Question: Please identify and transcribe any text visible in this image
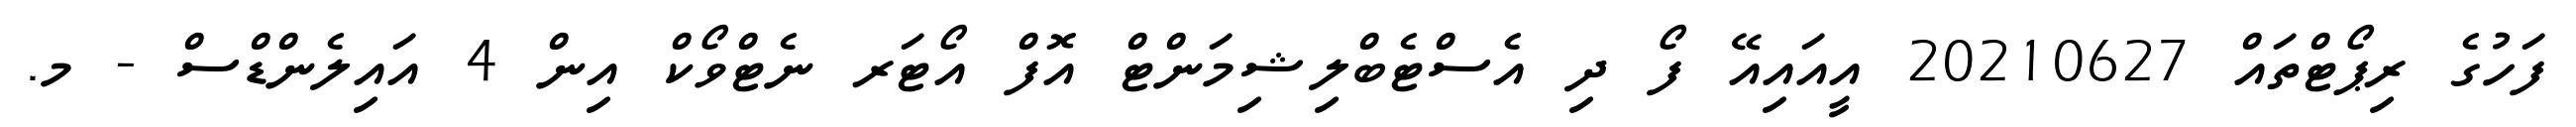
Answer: ފަހުގެ ރިޕޯޓްތައް 20210627 އީއައިއޭ ފޯ ދި އެސްޓެބްލިޝިމަންޓް އޮފް އޯޓަރ ނެޓްވޯކް އިން 4 އައިލެންޑްސް - މ.